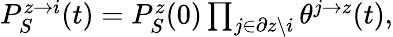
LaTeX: \begin{array}{r}{P_{S}^{z\rightarrow i}(t)=P_{S}^{z}(0)\prod_{j\in\partial z\backslash i}\theta^{j\rightarrow z}(t),}\end{array}